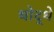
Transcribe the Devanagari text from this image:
थोद्थे